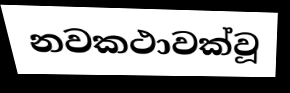
නවකථාවක්වූ